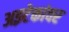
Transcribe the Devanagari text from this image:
अझ्टेकांवर